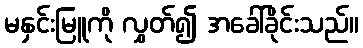
မနှင်းမြူကို လွှတ်၍ အခေါ်ခိုင်းသည်။